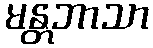
မန္တဘာသာ